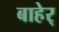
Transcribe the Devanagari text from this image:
बाहेर्